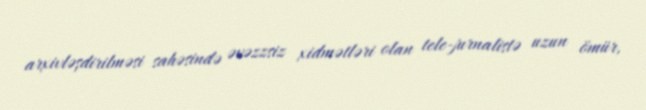
arxivləşdirilməsi sahəsində əvəzzsiz xidmətləri olan tele-jurnalistə uzun ömür,